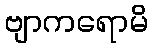
ဗျာကရောမိ